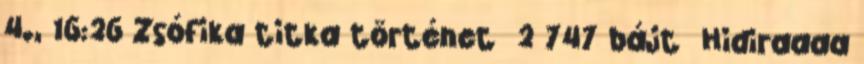
4., 16:26 ‎Zsófika titka történet ‎ 2 747 bájt ‎Hidiraaaa